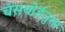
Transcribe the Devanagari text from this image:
चॅसबोर्डनुमा